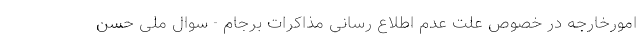
امورخارجه در خصوص علت عدم اطلاع رسانی مذاکرات برجام - سوال ملی حسن